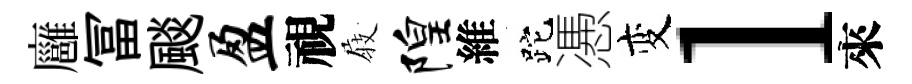
廱冨颷盈視𡲆隍維跎慿变l來